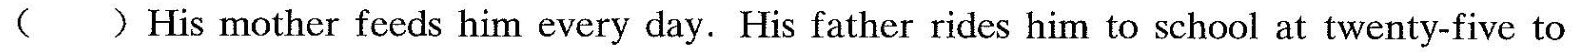
( ) His mother feeds him every day. His father rides him to school at twenty-five to